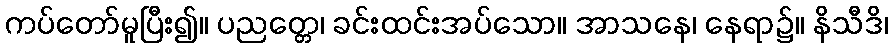
ကပ်တော်မူပြီး၍။ ပညတ္တေ၊ ခင်းထင်းအပ်သော။ အာသနေ၊ နေရာ၌။ နိသီဒိ၊